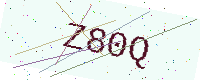
Text: Z80Q